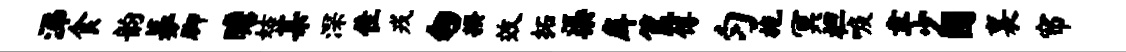
涕食韵募脚瞻姑某深隹戎匆揆效拓渠戽筐傅匀施冥袒唳聿少圃襄帘